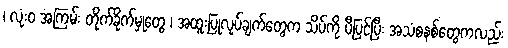
၊ လုံးဝ အကြမ်း တိုက်ခိုက်မှုတွေ ၊ အထူးပြုလုပ်ချက်တွေက သိပ်ကို ပီပြင်ပြီး အသံစနစ်တွေကလည်း